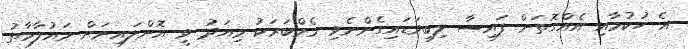
އެ ހުކުމާއި އެއްގޮތަށް ފައިސާ ލިބިވަޑައިގެންނެވި މެމްބަރަކު މިއަދު ވީ އޮންލައިނަށް މައުލާމާތު